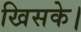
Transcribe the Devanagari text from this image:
खिसके।